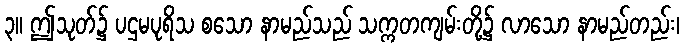
၃။ ဤသုတ်၌ ပဌမပုရိသ စသော နာမည်သည် သက္ကတကျမ်းတို့၌ လာသော နာမည်တည်း၊